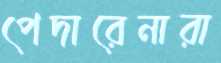
পেদারেনারা